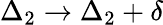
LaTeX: \Delta_{2}\rightarrow\Delta_{2}+\delta